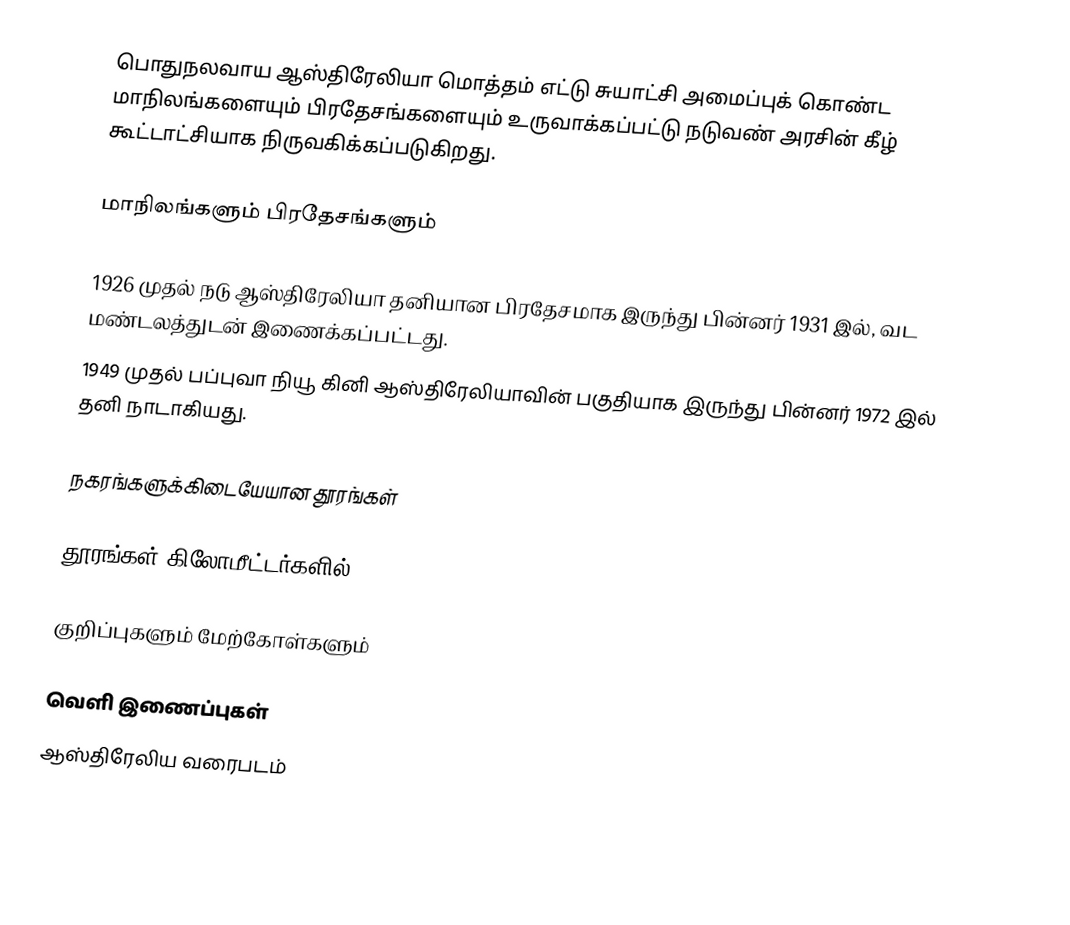
பொதுநலவாய ஆஸ்திரேலியா மொத்தம் எட்டு சுயாட்சி அமைப்புக் கொண்ட மாநிலங்களையும் பிரதேசங்களையும் உருவாக்கப்பட்டு நடுவண் அரசின் கீழ் கூட்டாட்சியாக நிருவகிக்கப்படுகிறது.

மாநிலங்களும் பிரதேசங்களும்

 1926 முதல் நடு ஆஸ்திரேலியா தனியான பிரதேசமாக இருந்து பின்னர் 1931 இல், வட மண்டலத்துடன் இணைக்கப்பட்டது.
 1949 முதல் பப்புவா நியூ கினி ஆஸ்திரேலியாவின் பகுதியாக இருந்து பின்னர் 1972 இல் தனி நாடாகியது.

நகரங்களுக்கிடையேயான தூரங்கள்

தூரங்கள் கிலோமீட்டர்களில்.

குறிப்புகளும் மேற்கோள்களும்

வெளி இணைப்புகள்
 ஆஸ்திரேலிய வரைபடம்